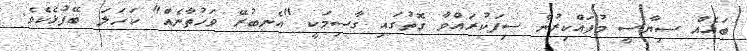
ބައެއް ސިޔާސީ މުފައްކިރުން ސިފަކުރައްވާ ގޮތުގައި ގާސިމަކީ "އެނބުރޭ ވަހުތާނެއް" ކަހަލަ ބޭފުޅެކެވެ.